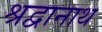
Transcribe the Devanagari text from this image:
श्रद्वानाथ